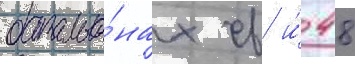
батальо́нах св и́ 48